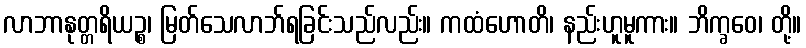
လာဘာနုတ္တရိယဉ္စ၊ မြတ်သေလာဘ်ရခြင်းသည်လည်း။ ကထံဟောတိ၊ နည်းဟူမူကား။ ဘိက္ခဝေ၊ တို့။